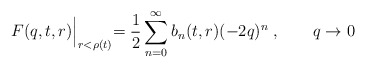
\begin{align*}F(q,t,r)\Bigl |_{r<\rho (t)}=\frac{1}{2}\sum^\infty_{n=0}b_n(t,r)(-2q)^n\; , \qquad q\to 0\end{align*}